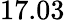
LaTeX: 17.03